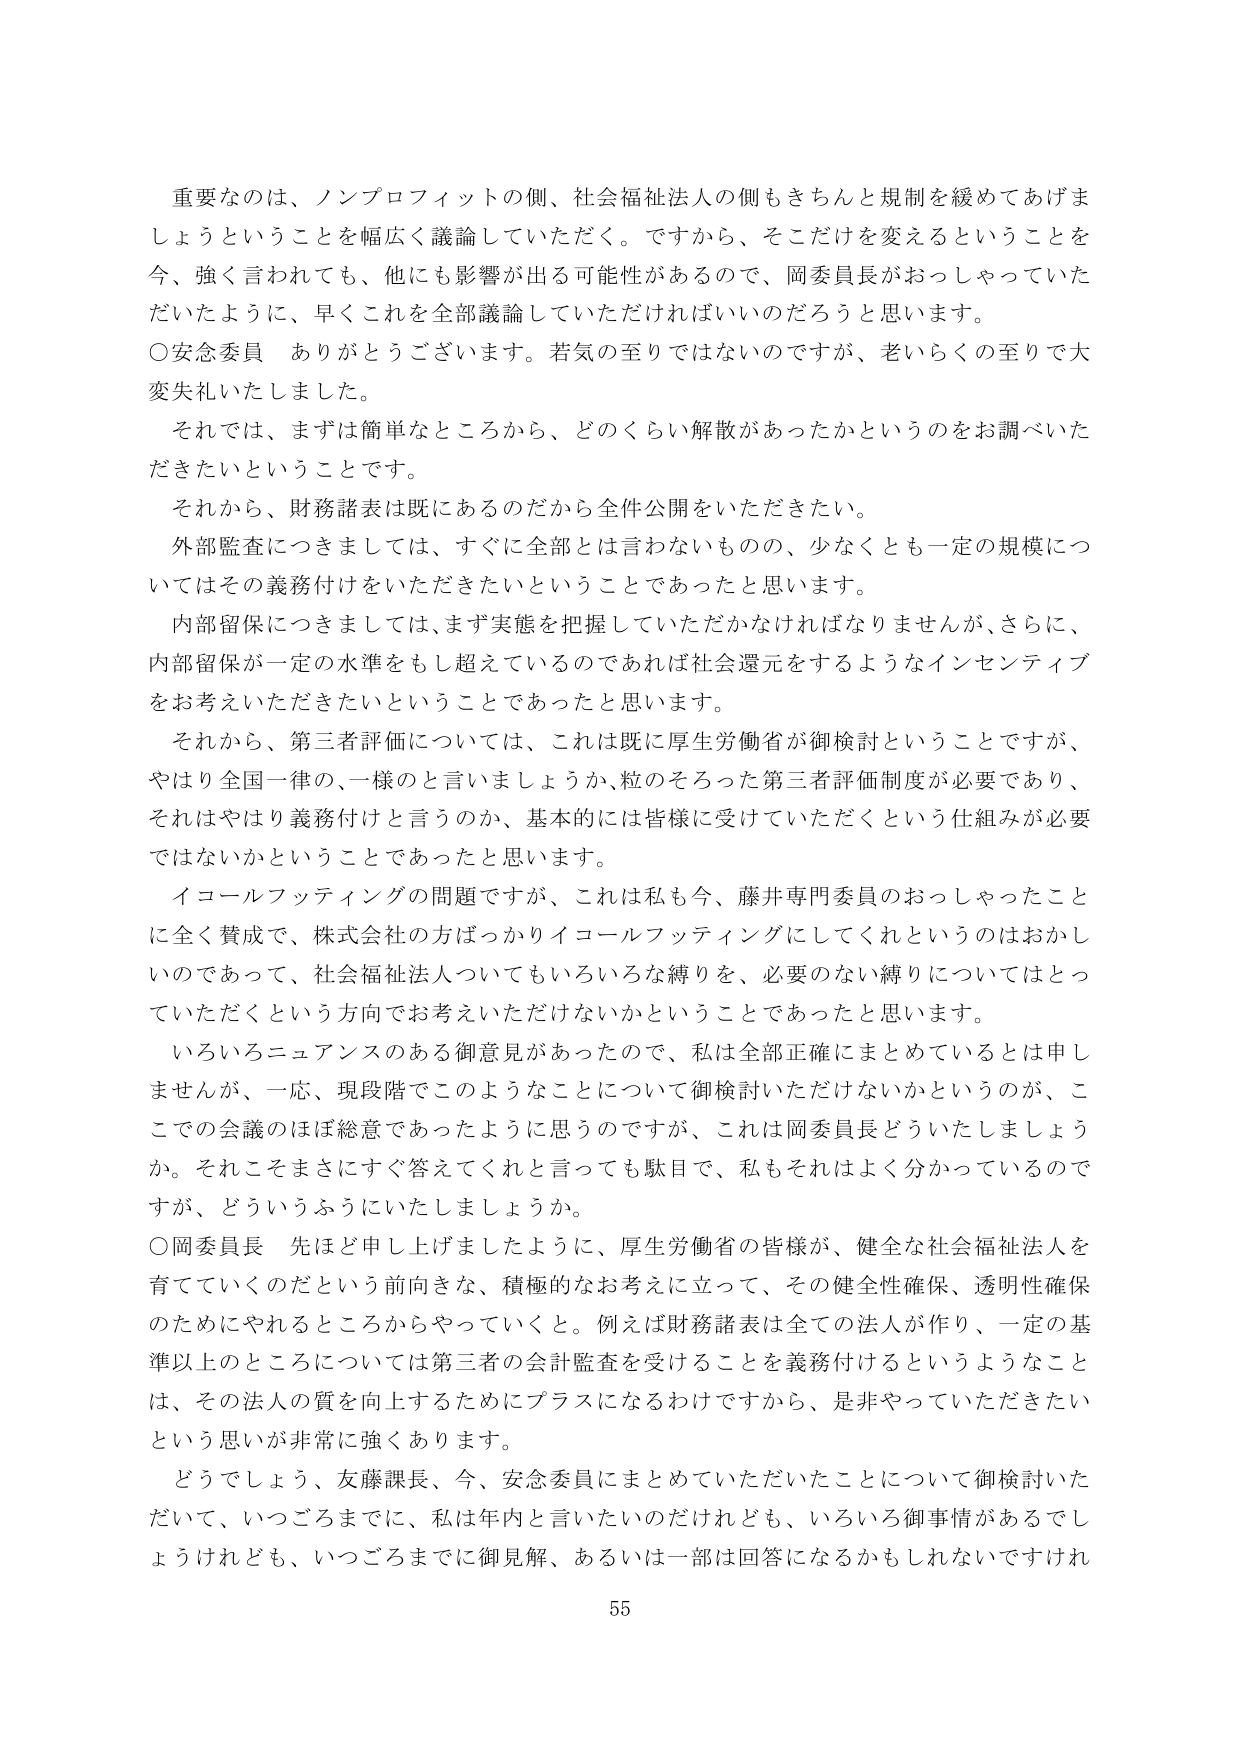
重要なのは、ノンプロフィットの側、社会福祉法人の側もきちんと規制を緩めてあげましょうということを幅広く議論していただく。ですから、そこだけを変えるということを今、強く言われても、他にも影響が出る可能性があるので、岡委員長がおっしゃっていたみたいに、早くこれを全部議論していただければいいのだろうと思います。

○安念委員 ありがとうございます。若気の至りではないのですが、老いらくの至りで大変失礼いたしました。

それでは、まずは簡単なところから、どのくらい解散があったかというのをお調べいただきたいということです。

それから、財務諸表は既にあるのだから全件公開をいただきたい。

外部監査につきましては、すぐに全部とは言わないものの、少なくとも一定の規模についてはその義務付けをいただきたいということであったと思います。

内部留保につきましては、まず実態を把握していただかなければなりませんが、さらに、内部留保が一定の水準をもし超えているのであれば社会還元をするようなインセンティブをお考えいただきたいということであったと思います。

それから、第三者評価については、これは既に厚生労働省が御検討ということですが、やはり全国一律の、一様のと言いましょうか、粒のそろった第三者評価制度が必要であり、それはやはり義務付けと言うのか、基本的には皆様に受けていただくという仕組みが必要ではないかということであったと思います。

イコールフッティングの問題ですが、これは私も今、藤井専門委員のおっしゃったことに全く賛成で、株式会社の方ばっかりイコールフッティングにしてくれというのはおかしいのであって、社会福祉法人についてもいろいろな縛りを、必要のない縛りについてはとっていただくという方向でお考えいただけないかということであったと思います。

いろいろニュアンスのある御意見があったので、私は全部正確にまとめているとは申しませんが、一応、現段階でこのようなことについて御検討いただけないかというのが、ここでの会議のほぼ総意であったように思うのですが、これは岡委員長どういたしましょうか。それこそまさにすぐ答えてくれと言っても駄目で、私もそれはよく分かっているのですが、どういうふうにいたしましょうか。

○岡委員長 先ほど申し上げましたように、厚生労働省の皆様が、健全な社会福祉法人を育てていくのだという前向きな、積極的なお考えに立って、その健全性確保、透明性確保のためにやれるところからやっていくと。例えば財務諸表は全ての法人が作り、一定の基準以上のところについては第三者の会計監査を受けることを義務付けるというようなことは、その法人の質を向上するためにプラスになるわけですから、是非やっていただきたいという思いが非常に強くあります。

どうでしょう、友藤課長、今、安念委員にまとめていただいたことについて御検討いただいて、いつごろまでに、私は年内と言いたいのだけれども、いろいろ御事情があるでしょうけれども、いつごろまでに御見解、あるいは一部は回答になるかもしれないですけれ

55